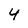
Character: 4